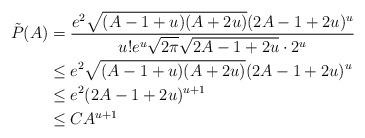
LaTeX: \begin{align*}\tilde P(A) &= \frac{e^2\sqrt{(A-1+u)(A+2u)} (2A-1+2u)^{u}}{u!e^u\sqrt{2\pi}\sqrt{2A-1+2u}\cdot 2^u}\\& \leq e^2\sqrt{(A-1+u)(A+2u)} (2A-1+2u)^{u}\\&\leq e^2 (2A-1+2u)^{u+1}\\&\leq CA^{u+1}\end{align*}